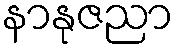
နာနုဇညာ